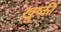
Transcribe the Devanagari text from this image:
ख़ुष्की